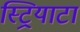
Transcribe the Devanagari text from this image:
स्ट्रियाटा